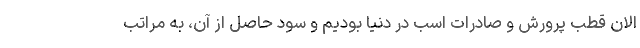
الان قطب پرورش و صادرات اسب در دنیا بودیم و سود حاصل از آن، به مراتب